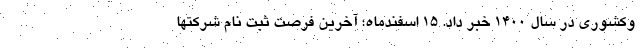
وکشوری در سال ۱۴۰۰ خبر داد. 15 اسفندماه؛ آخرین فرصت ثبت نام شرکتها